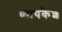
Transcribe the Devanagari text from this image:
व्यायकेश